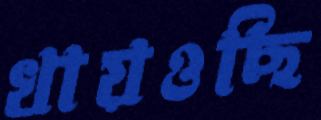
খায়ওছি